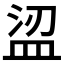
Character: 𥁤